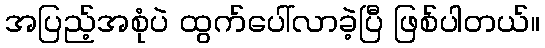
အပြည့်အစုံပဲ ထွက်ပေါ်လာခဲ့ပြီ ဖြစ်ပါတယ်။